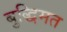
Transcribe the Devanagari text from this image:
बुद्धिमत